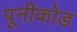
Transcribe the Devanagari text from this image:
पूनीकोड